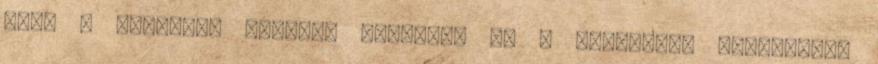
Vagy a népszerű "couple culture" és a rendkívül változatos